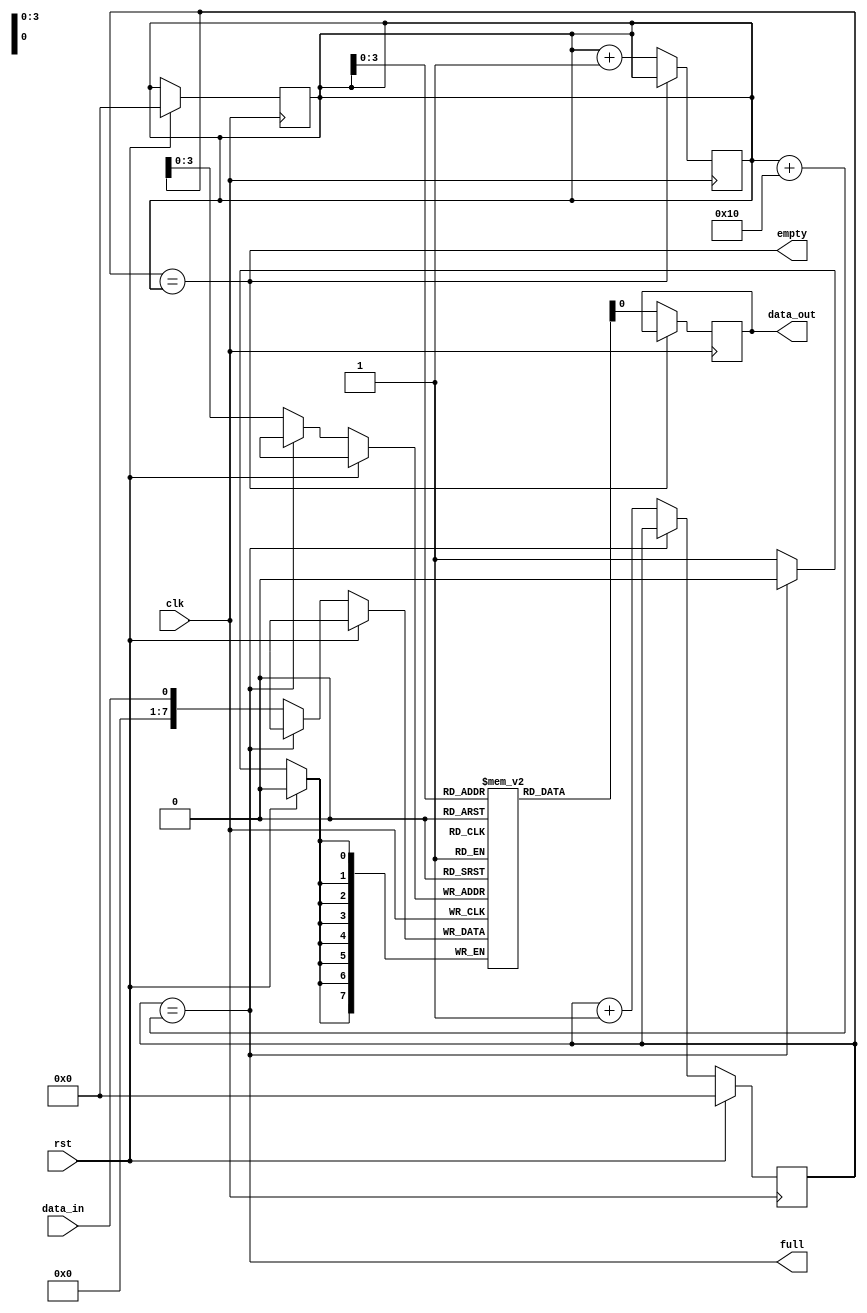
module edge_sensitive_fifo(
    input wire clk, // clock signal
    input wire rst, // reset signal
    input wire data_in, // input data signal
    output wire data_out, // output data signal
    output wire empty, // empty flag signal
    output wire full // full flag signal
);

parameter WIDTH = 8; // data width
parameter DEPTH = 16; // buffer depth

reg [WIDTH-1:0] buffer [0:DEPTH-1];
reg [4:0] write_ptr, read_ptr;

assign empty = (write_ptr == read_ptr);
assign full = (write_ptr == read_ptr + DEPTH);

always @(posedge clk) begin
    if (rst) begin
        write_ptr <= 0;
        read_ptr <= 0;
    end else begin
        if (!full) begin
            buffer[write_ptr] <= data_in;
            write_ptr <= write_ptr + 1;
        end
    end
end

always @(posedge clk) begin
    if (!empty) begin
        data_out <= buffer[read_ptr];
        read_ptr <= read_ptr + 1;
    end
end

endmodule